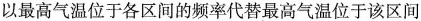
以最高气温位于各区间的频率代替最高气温位于该区间